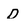
Character: D